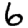
Digit: 6